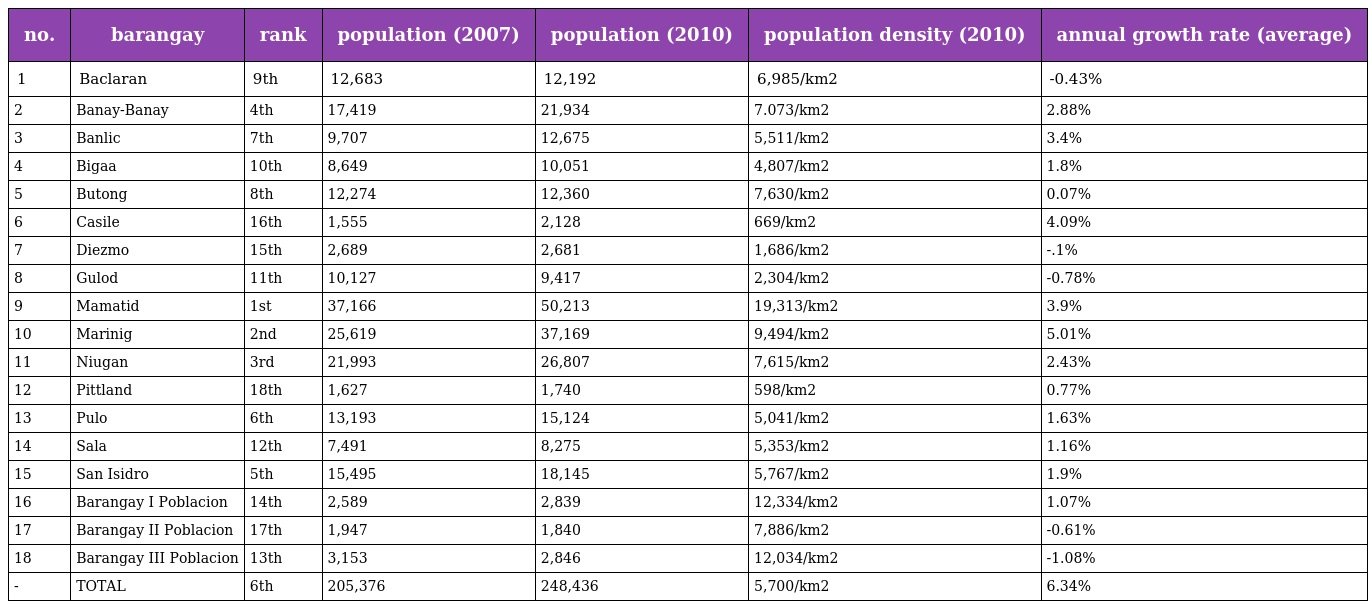
| no. | barangay | rank | population (2007) | population (2010) | population density (2010) | annual growth rate (average) |
 | --- | --- | --- | --- | --- | --- | --- |
 | 1 | Baclaran | 9th | 12,683 | 12,192 | 6,985/km2 | -0.43% |
 | 2 | Banay-Banay | 4th | 17,419 | 21,934 | 7.073/km2 | 2.88% |
 | 3 | Banlic | 7th | 9,707 | 12,675 | 5,511/km2 | 3.4% |
 | 4 | Bigaa | 10th | 8,649 | 10,051 | 4,807/km2 | 1.8% |
 | 5 | Butong | 8th | 12,274 | 12,360 | 7,630/km2 | 0.07% |
 | 6 | Casile | 16th | 1,555 | 2,128 | 669/km2 | 4.09% |
 | 7 | Diezmo | 15th | 2,689 | 2,681 | 1,686/km2 | -.1% |
 | 8 | Gulod | 11th | 10,127 | 9,417 | 2,304/km2 | -0.78% |
 | 9 | Mamatid | 1st | 37,166 | 50,213 | 19,313/km2 | 3.9% |
 | 10 | Marinig | 2nd | 25,619 | 37,169 | 9,494/km2 | 5.01% |
 | 11 | Niugan | 3rd | 21,993 | 26,807 | 7,615/km2 | 2.43% |
 | 12 | Pittland | 18th | 1,627 | 1,740 | 598/km2 | 0.77% |
 | 13 | Pulo | 6th | 13,193 | 15,124 | 5,041/km2 | 1.63% |
 | 14 | Sala | 12th | 7,491 | 8,275 | 5,353/km2 | 1.16% |
 | 15 | San Isidro | 5th | 15,495 | 18,145 | 5,767/km2 | 1.9% |
 | 16 | Barangay I Poblacion | 14th | 2,589 | 2,839 | 12,334/km2 | 1.07% |
 | 17 | Barangay II Poblacion | 17th | 1,947 | 1,840 | 7,886/km2 | -0.61% |
 | 18 | Barangay III Poblacion | 13th | 3,153 | 2,846 | 12,034/km2 | -1.08% |
 | - | TOTAL | 6th | 205,376 | 248,436 | 5,700/km2 | 6.34% |